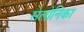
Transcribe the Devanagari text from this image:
सेलोनिका